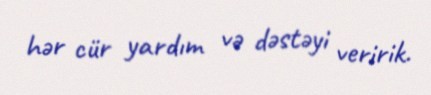
hər cür yardım və dəstəyi veririk.